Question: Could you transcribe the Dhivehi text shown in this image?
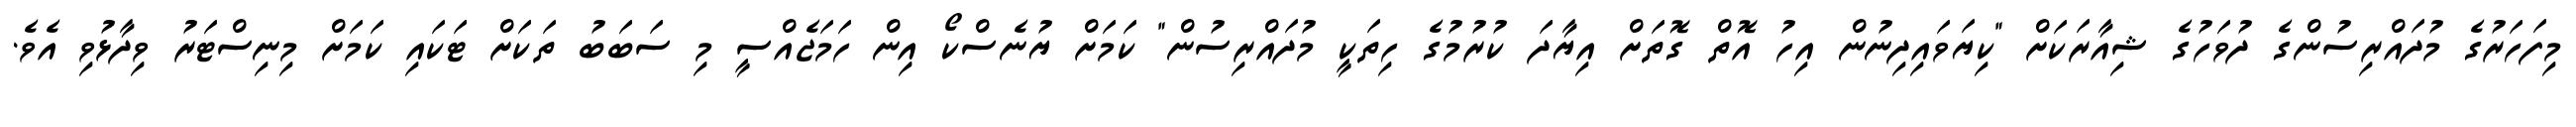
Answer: މިފަހަރުގެ މުދައްރިސުންގެ ދުވަހުގެ ޝިއާރަކަށް "ކިޔަވައިދިނުން އިހު އޮތް ގޮތަށް އިޔާދަ ކުރުމުގެ ހިތަކީ މުދައްރިސުން" ކަމަށް ޔުނެސްކޯ އިން ހަމަޖެއްސީ މި ސަބަބު ތަކަށް ޓަކައި ކަމަށް މިނިސްޓަރު ވިދާޅުވި އެވެ.